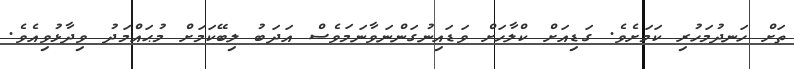
ތަށް ހަނދުމަހުރި ކަމަށެވެ. ގަޑިއަށް ކްލާހަށް ވަޑައިނުގަންނަވާނަމަވެސް އަދަބު ލިބޭކަމަށް މުޙައްމަދު ވިދާޅުވިއެވެ.